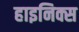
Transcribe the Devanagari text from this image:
हाइनिक्स